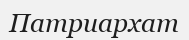
Патриархат